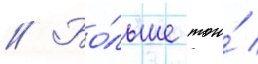
// Бо́льше того́ /